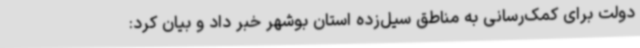
دولت برای کمک‌رسانی به مناطق سیل‌زده استان بوشهر خبر داد و بیان کرد: